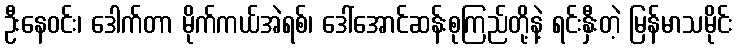
ဦးနေဝင်း၊ ဒေါက်တာ မိုက်ကယ်အဲရစ်၊ ဒေါ်အောင်ဆန်းစုကြည်တို့နဲ့ ရင်းနှီးတဲ့ မြန်မာသမိုင်း